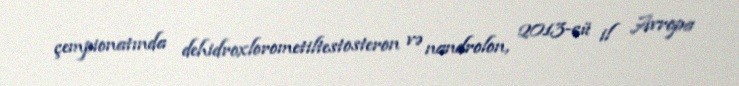
çempionatında dehidroxlorometiltestosteron və nandrolon, 2013-cü il Avropa